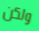
ولكن